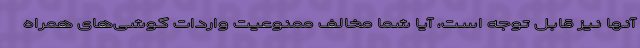
آنها نیز قابل توجه است، آیا شما مخالف ممنوعیت واردات گوشی‌های همراه